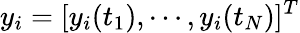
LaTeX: y_{i}=[y_{i}(t_{1}),\cdots,y_{i}(t_{N})]^{T}